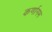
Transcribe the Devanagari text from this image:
कर्णागम